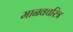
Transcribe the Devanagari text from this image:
मानवचरित्र